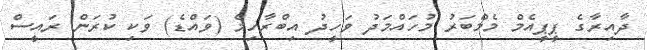
ދާއިރާގެ ޕީޕީއެމް މެމްބަރު މުހައްމަދު ވަހީދު އިބްރާހިމް (ވައްޑެ) ވަކި ކުރަން ރައީސް